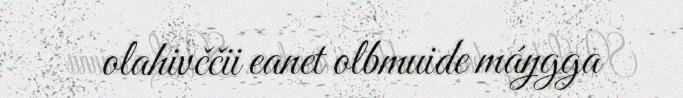
olahivččii eanet olbmuide máŋgga